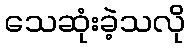
သေဆုံးခဲ့သလို